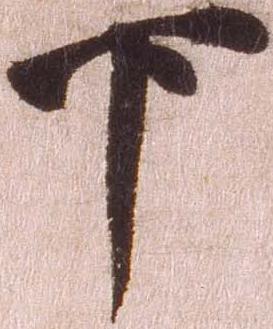
下